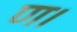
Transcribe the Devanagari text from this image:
ण।